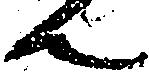
ん